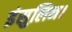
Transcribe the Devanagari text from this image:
इंसुलिन।